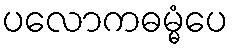
ပလောကဓမ္မံပေ